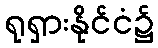
ရုရှားနိုင်ငံ၌